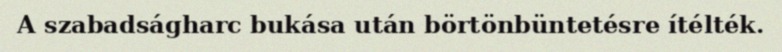
A szabadságharc bukása után börtönbüntetésre ítélték.